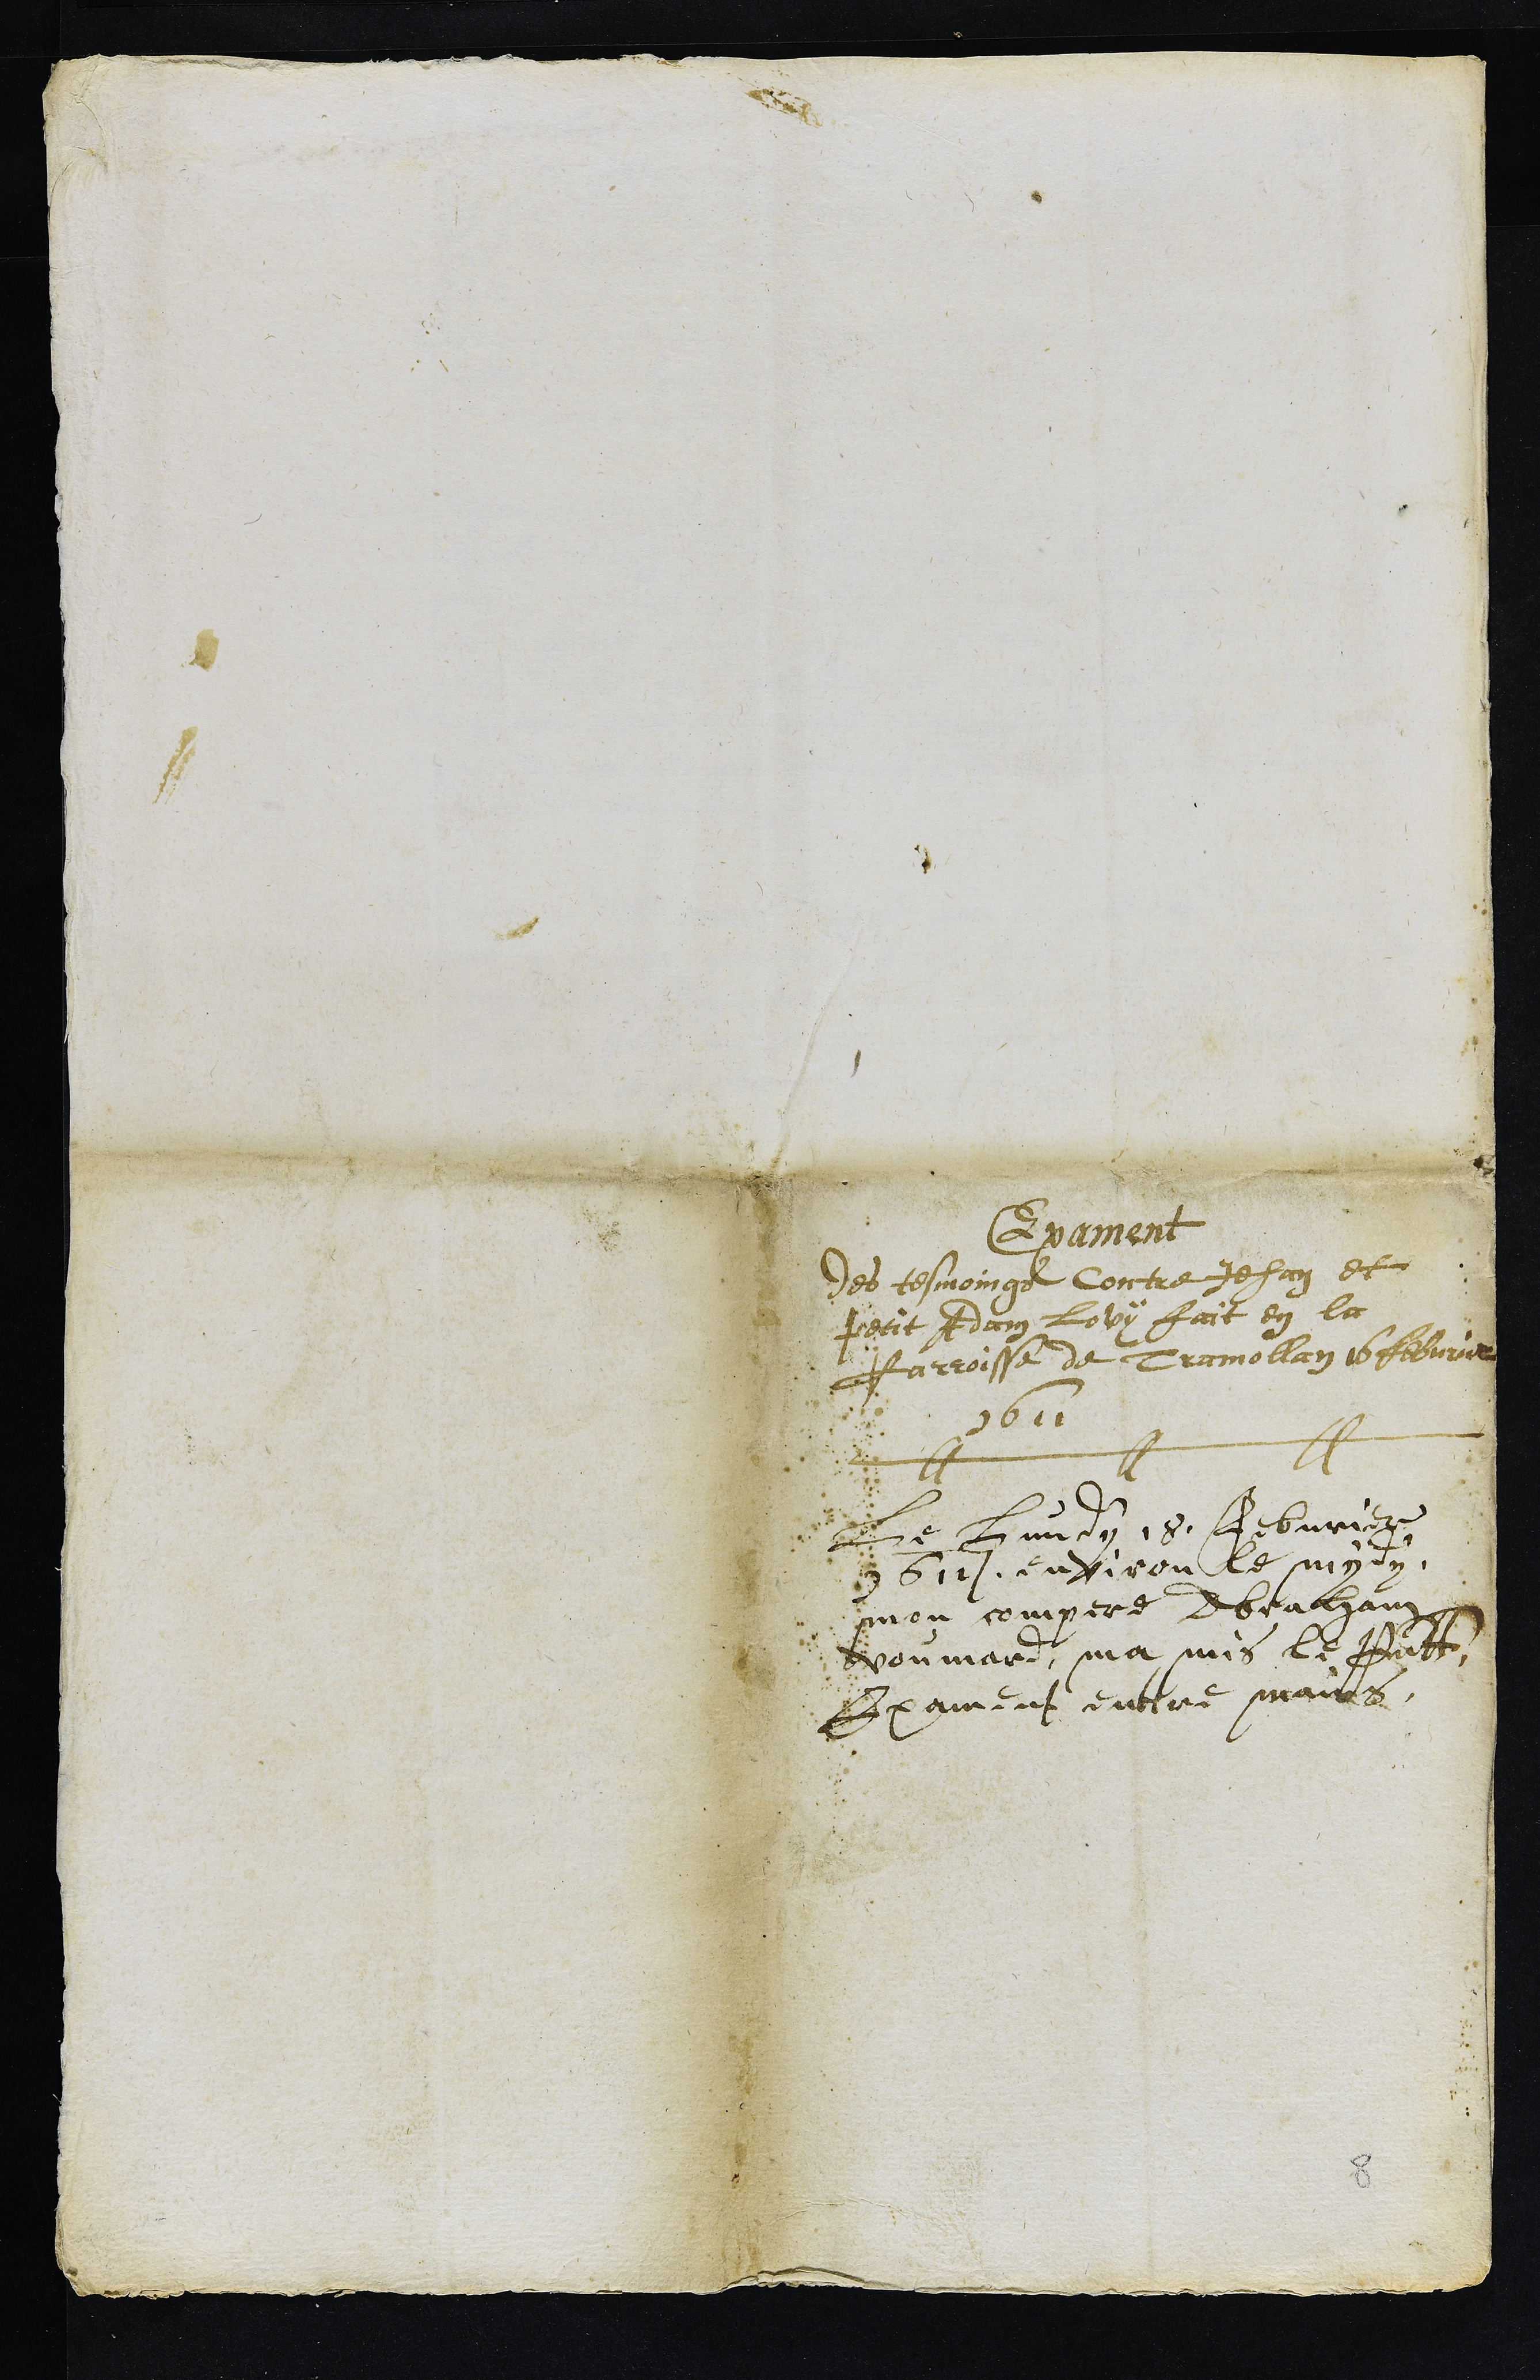
Exament
des tesmoings Contre Jehan et
Petit Adam Lovy fait en la
Parroisse de Tramollan 16 febvrier
1611
Le Lundy 18 Febvrier
1611, environ le mydy
mon compere Abraham
Voumard ma mis le Presentt
Exament enttre mains.
8